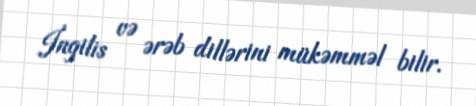
İngilis və ərəb dillərini mükəmməl bilir.